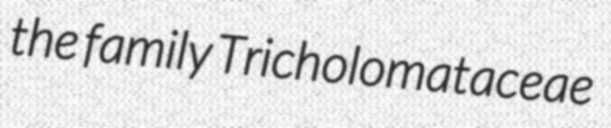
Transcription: the family Tricholomataceae